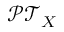
{ \mathcal { P T } } _ { X }